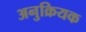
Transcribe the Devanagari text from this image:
अनुक्रियक